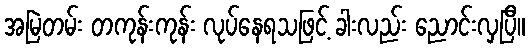
အမြဲတမ်း တကုန်းကုန်း လုပ်နေရသဖြင့် ခါးလည်း ညောင်းလှပြီ။